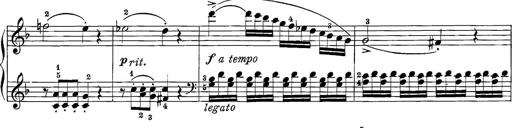
Title: 12 Sonatine per Pianoforte
Composer: Friedrich Kuhlau